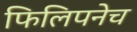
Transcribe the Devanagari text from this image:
फिलिपनेच